65_HS1-834228961_62-HQ-83894_Serial_164
Agency: FBI
Page 81
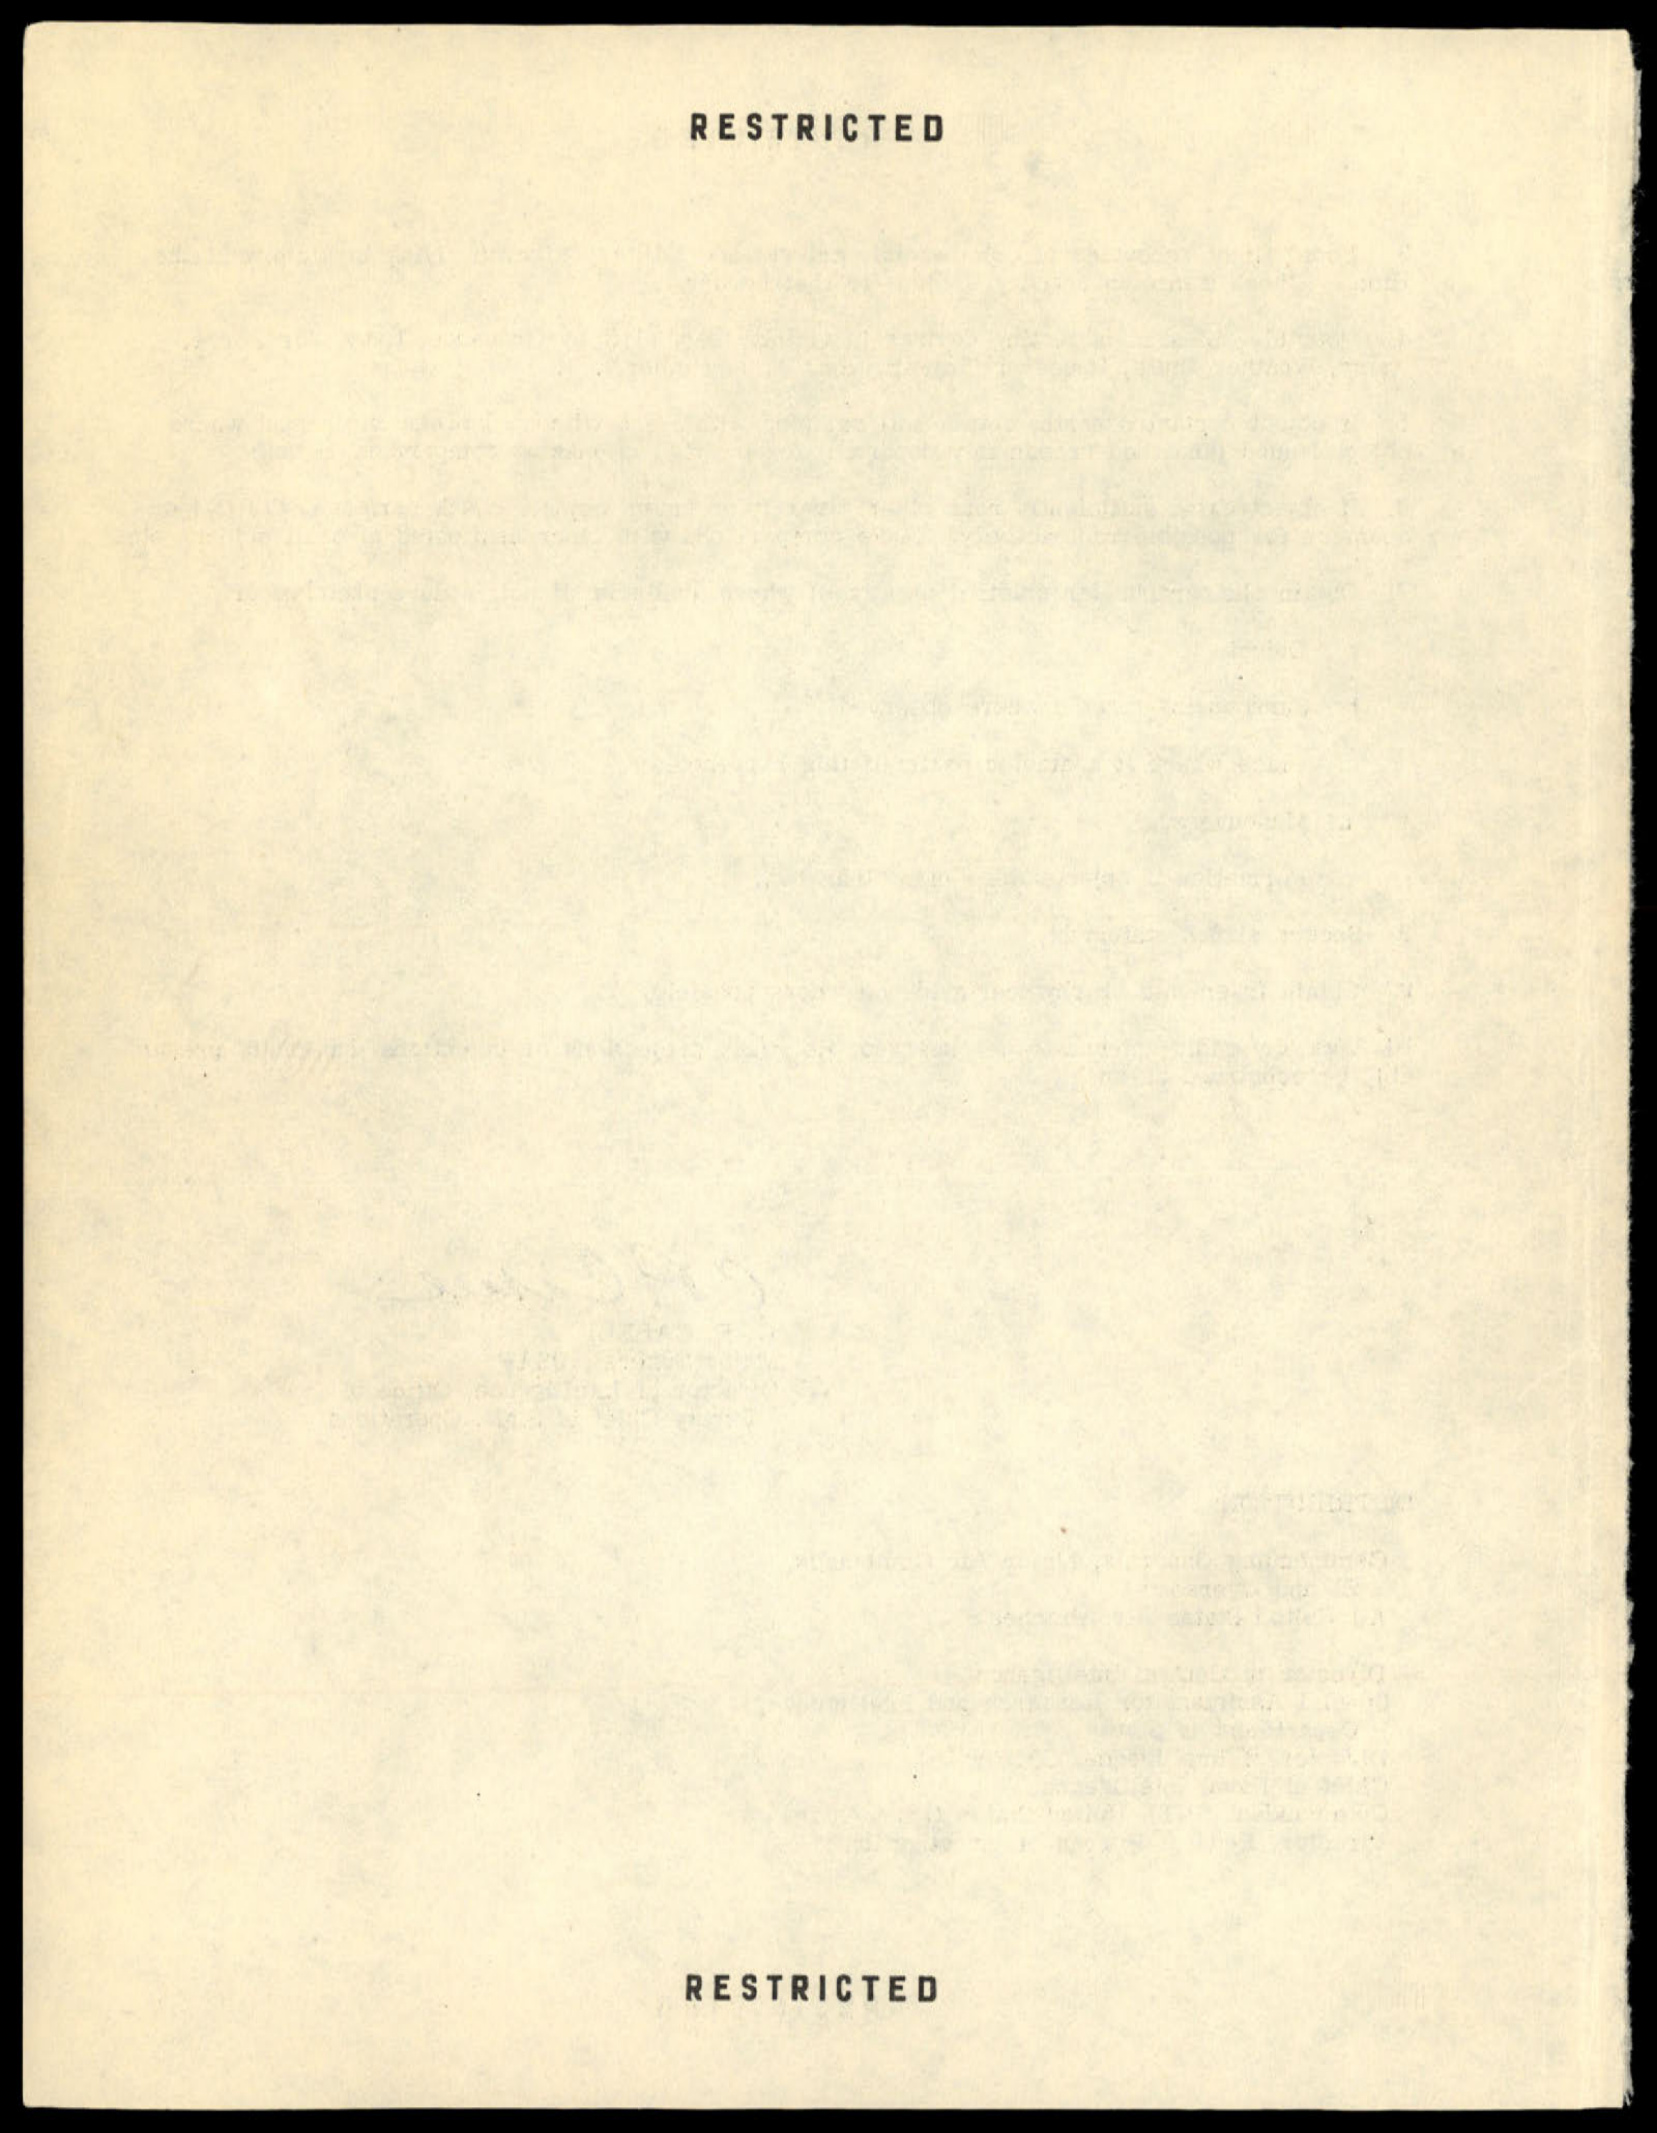